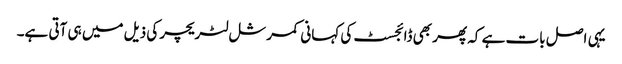
یہی اصل بات ہے کہ پھر بھی ڈائجسٹ کی کہانی کمرشل لٹریچر کی ذیل میں ہی آتی ہے۔